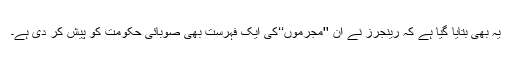
یہ بھی بتایا گیا ہے کہ رینجرز نے ان ''مجرموں‘‘کی ایک فہرست بھی صوبائی حکومت کو پیش کر دی ہے۔